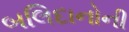
બલિદાનોની